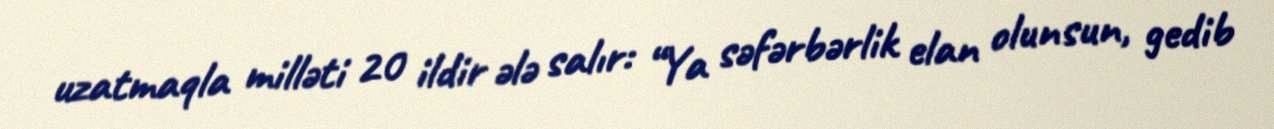
uzatmaqla milləti 20 ildir ələ salır: “Ya səfərbərlik elan olunsun, gedib